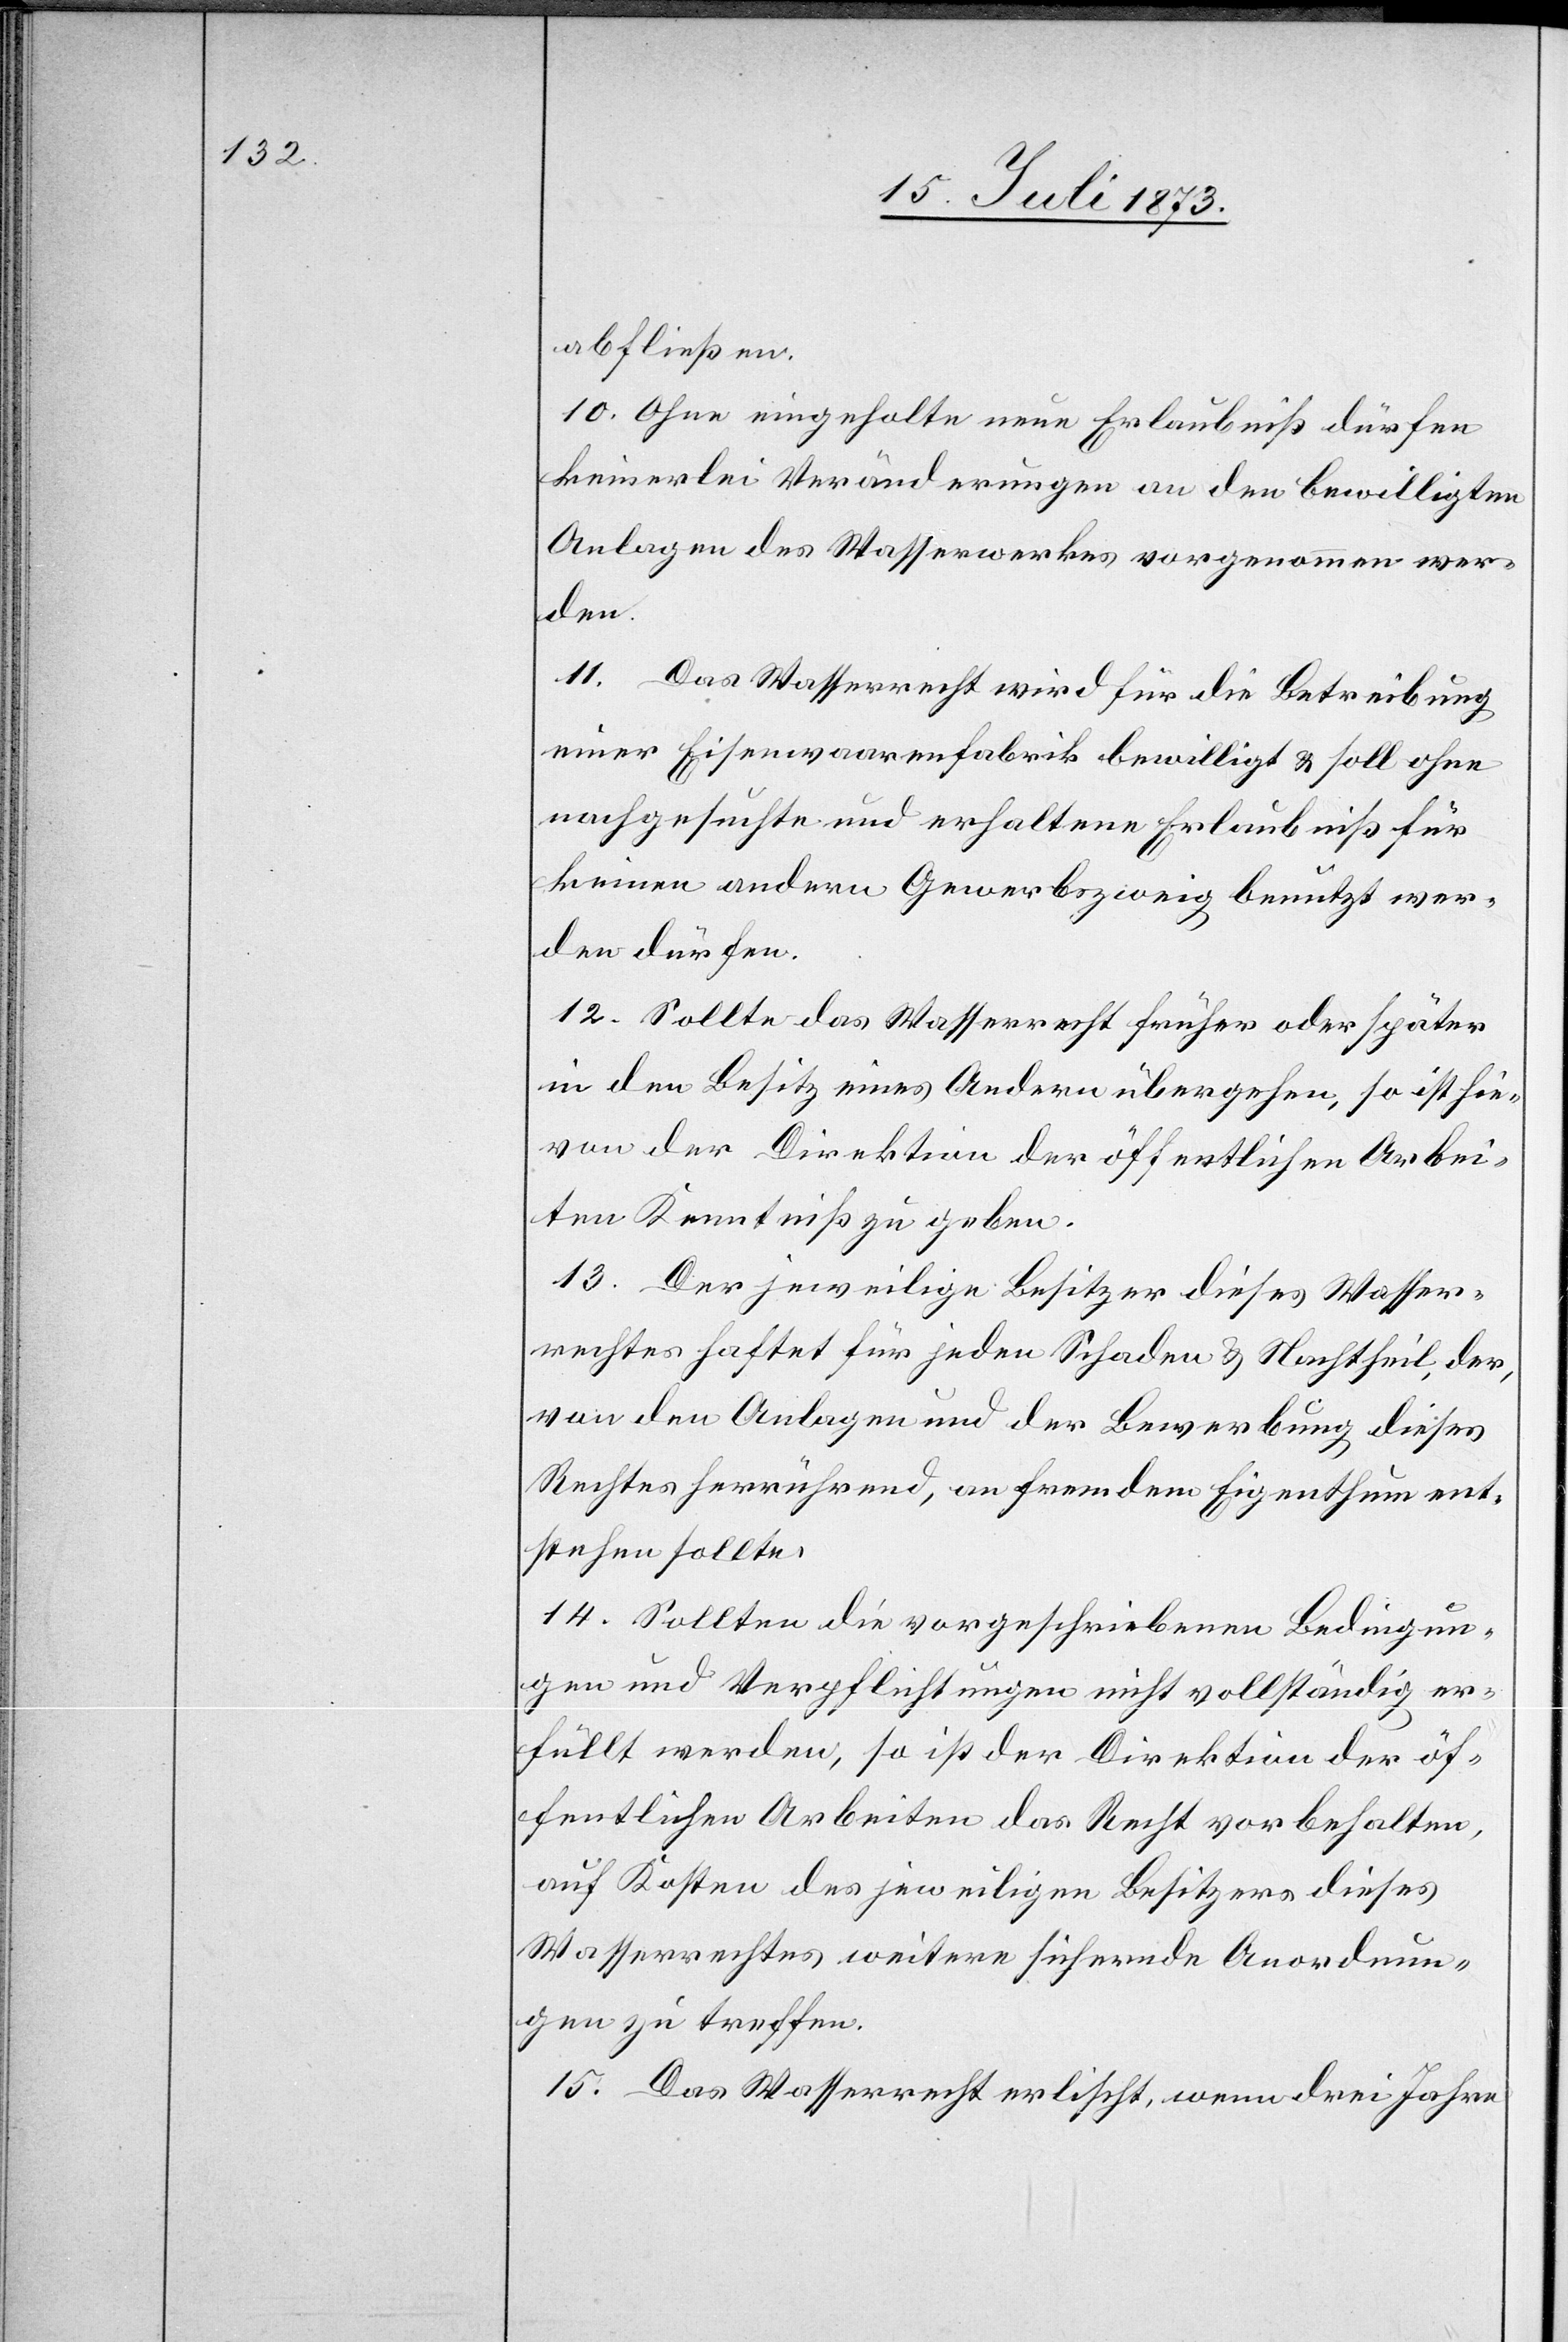
abfließen.
10. Ohne eingeholte neue Erlaubniß dürfen
keinerlei Veränderungen an den bewilligten
Anlagen des Wasserwerkes vorgenommen wer¬
den.
11. Das Wasserrecht wird für die Betreibung
einer Eisenwaarenfabrik bewilligt & soll ohne
nachgesuchte und erhaltene Erlaubniß für
keinen andern Gewerbszweig benutzt wer¬
den dürfen.
12. Sollte das Wasserrecht früher oder später
in den Besitz eines Andern übergehen, so ist hie¬
von der Direktion der öffentlichen Arbei¬
ten Kenntniß zu geben.
13. Der jeweilige Besitzer dieses Wasser¬
rechtes haftet für jeden Schaden & Nachtheil, der,
von den Anlagen und der Bewerbung dieses
Rechtes herrührend, an fremdem Eigenthum ent¬
stehen sollte.
14. Sollten die vorgeschriebenen Bedingun¬
gen und Verpflichtungen nicht vollständig er¬
füllt werden, so ist der Direktion der öf¬
fentlichen Arbeiten das Recht vorbehalten,
auf Kosten des jeweiligen Besitzers dieses
Wasserrechtes weitere sichernde Anordnun¬
gen zu treffen.
15. Das Wasserrecht erlischt, wenn drei Jahre